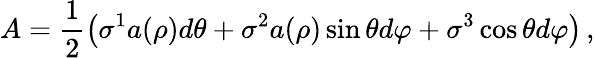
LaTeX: A=\frac{1}{2}\left(\sigma^{1}a(\rho)d\theta+\sigma^{2}a(\rho)\sin\theta d\varphi+\sigma^{3}\cos\theta d\varphi\right)\, ,